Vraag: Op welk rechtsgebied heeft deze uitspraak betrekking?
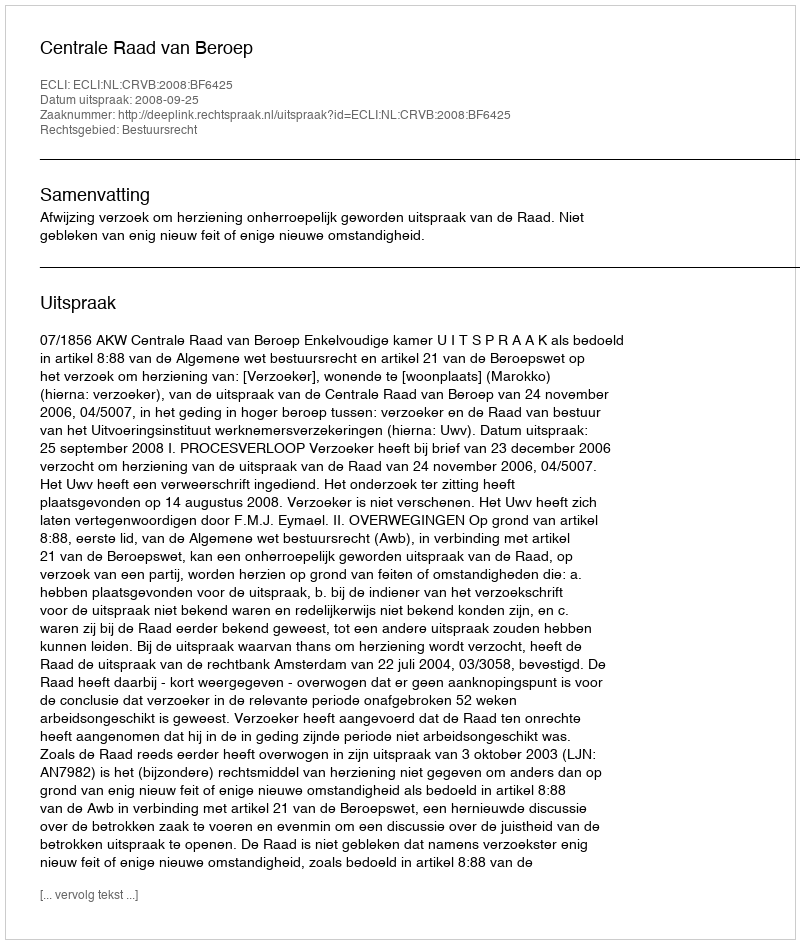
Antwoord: Bestuursrecht